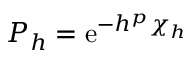
P _ { h } = \ensuremath { \mathrm { e } } ^ { - h ^ { p } \chi _ { h } }